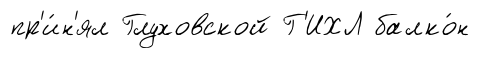
пр'и́н'ял Глуховской Г'ИХЛ балко́н